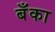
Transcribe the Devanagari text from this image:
बॅँका